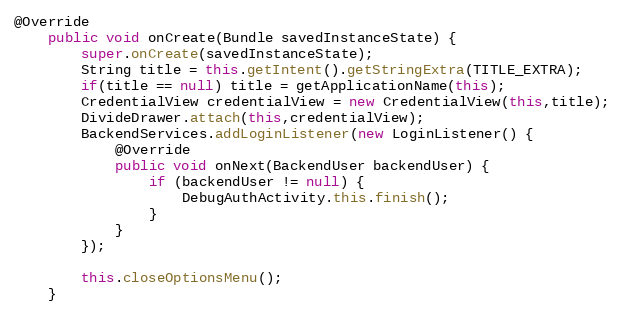
Language: Java
@Override
    public void onCreate(Bundle savedInstanceState) {
        super.onCreate(savedInstanceState);
        String title = this.getIntent().getStringExtra(TITLE_EXTRA);
        if(title == null) title = getApplicationName(this);
        CredentialView credentialView = new CredentialView(this,title);
        DivideDrawer.attach(this,credentialView);
        BackendServices.addLoginListener(new LoginListener() {
            @Override
            public void onNext(BackendUser backendUser) {
                if (backendUser != null) {
                    DebugAuthActivity.this.finish();
                }
            }
        });

        this.closeOptionsMenu();
    }